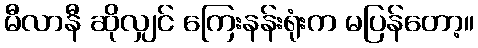
မီလာနီ ဆိုလျှင် ကြေးနန်းရုံးက မပြန်တော့။